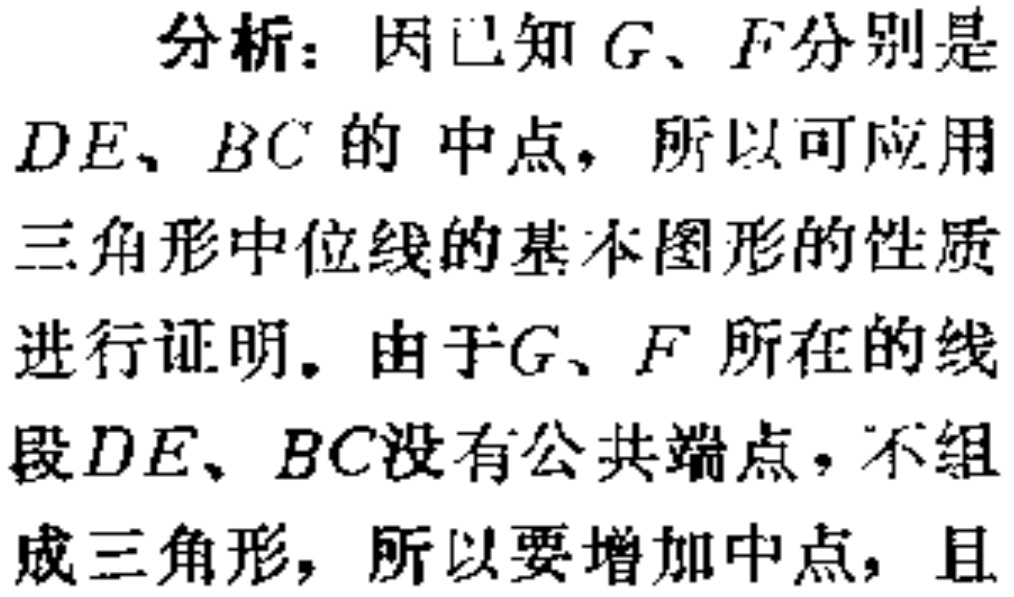
分析：因已知 \(G\)、\(F\)分别是
\(DE\)、\(BC\) 的 中点，所以可应用
三角形中位线的基本图形的性质
进行证明。由于\(G\)、\(F\) 所在的线
段\(DE\)、\(BC\)没有公共端点，不组
成三角形，所以要增加中点，且